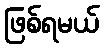
ဖြစ်ရမယ်